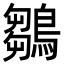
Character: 鶵